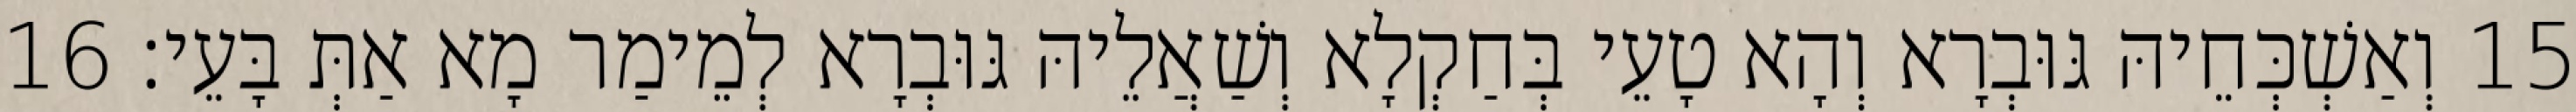
15 וְאַשְׁכְּחֵיהּ גּוּבְרָא וְהָא טָעֵי בְּחַקְלָא וְשַׁאֲלֵיהּ גּוּבְרָא לְמֵימַר מָא אַתְּ בָּעֵי׃ 16